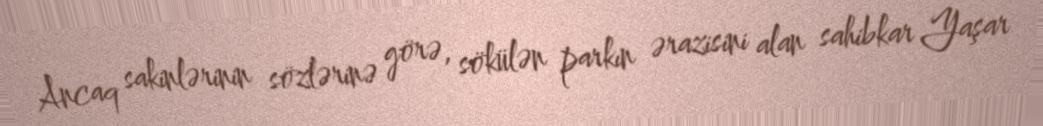
Ancaq sakinlərinin sözlərinə görə, sökülən parkın ərazisini alan sahibkar Yaşar